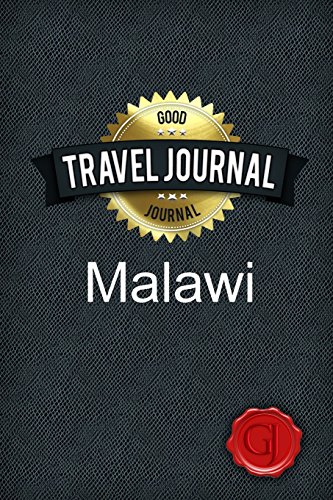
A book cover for Travel Journal Malawi; Good Journal; Travel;